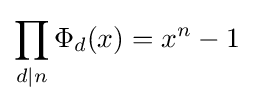
\prod _{d\mid n}\Phi _{d}(x)=x^{n}-1